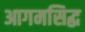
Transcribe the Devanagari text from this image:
आगमसिद्ध